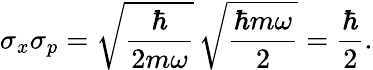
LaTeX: \sigma_{x}\sigma_{p}={\sqrt{\frac{\hbar}{2m\omega}}}\, {\sqrt{\frac{\hbar m\omega}{2}}}={\frac{\hbar}{2}}.